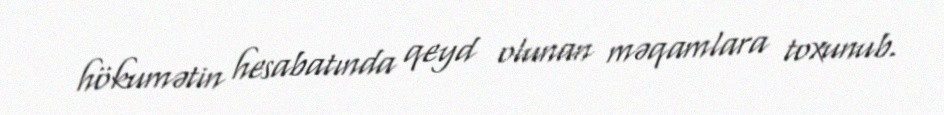
hökumətin hesabatında qeyd olunan məqamlara toxunub.